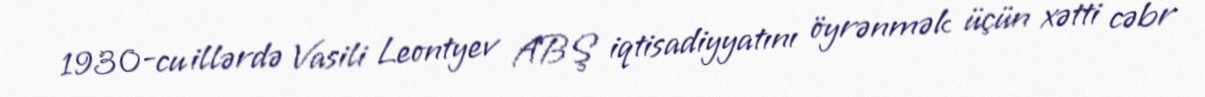
1930-cu illərdə Vasili Leontyev ABŞ iqtisadiyyatını öyrənmək üçün xətti cəbr